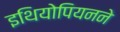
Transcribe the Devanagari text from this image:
इथियोपियनने